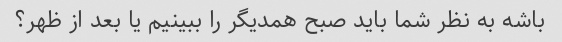
باشه به نظر شما باید صبح همدیگر را ببینیم یا بعد از ظهر؟